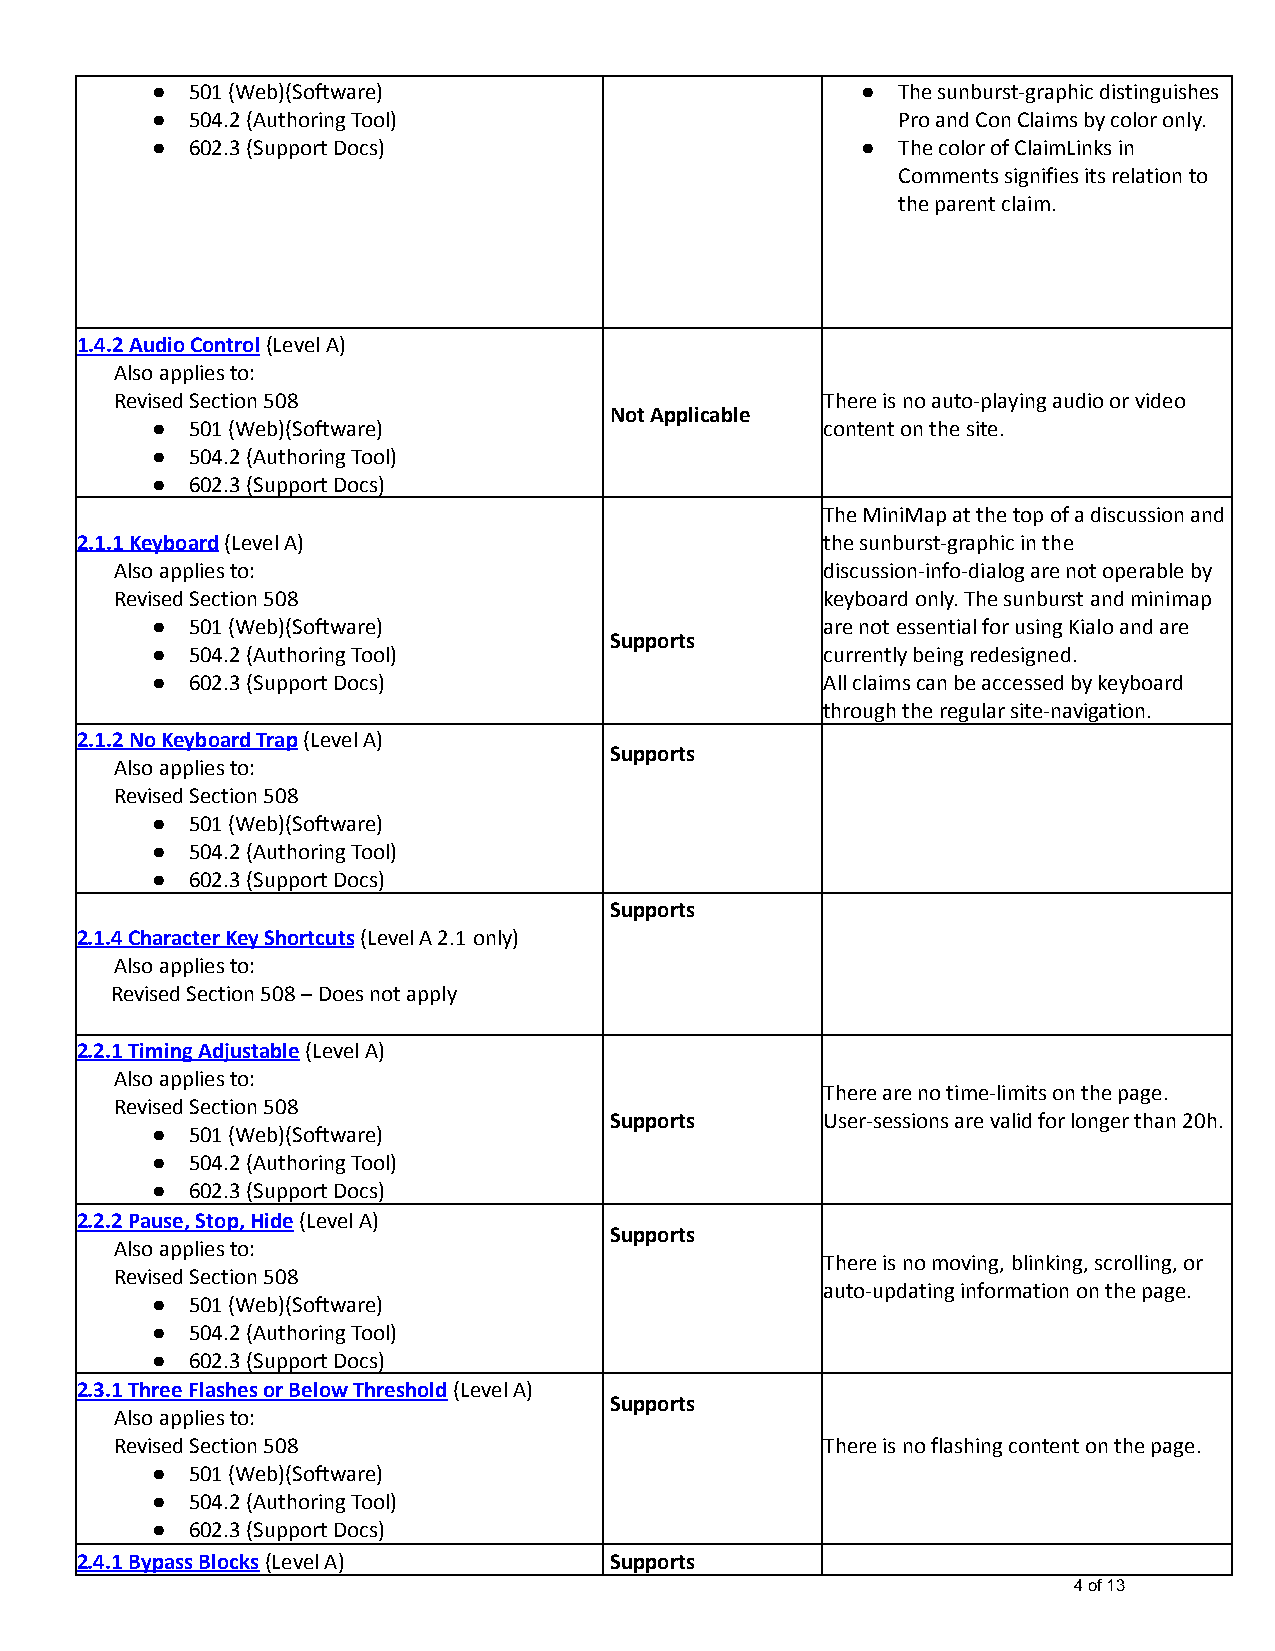
●  501 (Web)(Software)                         ● The sunburst-graphic distinguishes
 ●  504.2 (Authoring Tool)                        Pro and Con Claims by color only.
 ●  602.3 (Support Docs)                        ● The color of ClaimLinks in
 Comments signifies its relation to
 the parent claim.
 1.4.2 Audio Control(Level A)
 Also applies to:
 Revised Section 508                            There is no auto-playing audio or video
 Not Applicable
 ●  501 (Web)(Software)                       content on the site.
 ●  504.2 (Authoring Tool)
 ●  602.3 (Support Docs)
 The MiniMap at the top of a discussion and
 2.1.1 Keyboard(Level A)                           the sunburst-graphic in the
 Also applies to:                               discussion-info-dialog are not operable by
 Revised Section 508                            keyboard only. The sunburst and minimap
 ●  501 (Web)(Software)                       are not essential for using Kialo and are
 Supports
 ●  504.2 (Authoring Tool)                    currently being redesigned.
 ●  602.3 (Support Docs)                      All claims can be accessed by keyboard
 through the regular site-navigation.
 2.1.2 No Keyboard Trap(Level A)
 Supports
 Also applies to:
 Revised Section 508
 ●  501 (Web)(Software)
 ●  504.2 (Authoring Tool)
 ●  602.3 (Support Docs)
 Supports
 2.1.4 Character Key Shortcuts(Level A 2.1 only)
 Also applies to:
 Revised Section 508 – Does not apply
 2.2.1 Timing Adjustable(Level A)
 Also applies to:
 There are no time-limits on the page.
 Revised Section 508
 Supports       User-sessions are valid for longer than 20h.
 ●  501 (Web)(Software)
 ●  504.2 (Authoring Tool)
 ●  602.3 (Support Docs)
 2.2.2 Pause, Stop, Hide(Level A)
 Supports
 Also applies to:
 There is no moving, blinking, scrolling, or
 Revised Section 508
 auto-updating information on the page.
 ●  501 (Web)(Software)
 ●  504.2 (Authoring Tool)
 ●  602.3 (Support Docs)
 2.3.1 Three Flashes or Below Threshold(Level A)
 Supports
 Also applies to:
 Revised Section 508                            There is no flashing content on the page.
 ●  501 (Web)(Software)
 ●  504.2 (Authoring Tool)
 ●  602.3 (Support Docs)
 2.4.1 Bypass Blocks(Level A)       Supports
 4 of 13